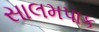
સાલમપાક